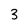
Character: 3